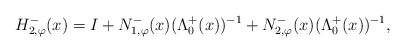
\begin{align*}H_{2,\varphi}^-(x)= I + N_{1,\varphi}^{-}(x) (\Lambda_{0}^{+}(x))^{-1}+N_{2,\varphi}^{-}(x)(\Lambda_{0}^{+}(x))^{-1},\end{align*}